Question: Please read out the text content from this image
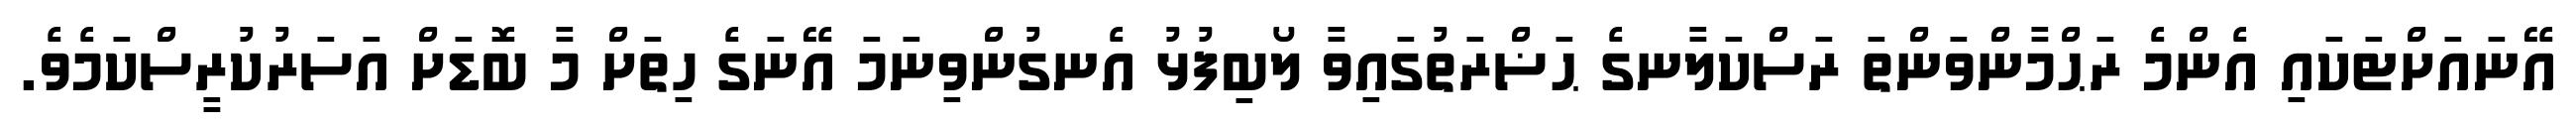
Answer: އޭނައަށްޓަކައި އެންމެ ރަޙްމާންވަންތަ ރަސްކަލާނގެ ޙަޟްރަތުގައިވާ ލޯބިފުޅު އެނގުންވިނަމަ އޭނަގެ ހިތަށް މާ ބޮޑަށް އަސަރުކުރީސްކަމެވެ.